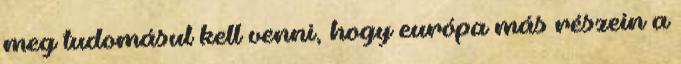
meg tudomásul kell venni, hogy európa más részein a